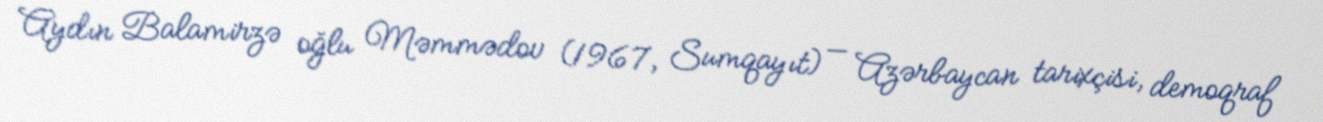
Aydın Balamirzə oğlu Məmmədov (1967, Sumqayıt) — Azərbaycan tarixçisi, demoqraf